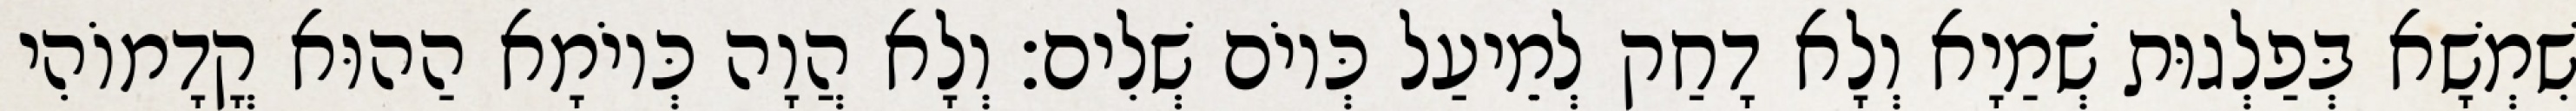
שִׁמְשָׁא בְּפַלְגוּת שְׁמַיָא וְלָא דָחַק לְמֵיעַל כְּיוֹם שְׁלִים׃ וְלָא הֲוָה כְּיוֹמָא הַהוּא קֳדָמוֹהִי